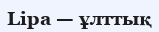
Lipa — ұлттық